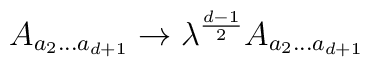
A_{a_{2}...a_{d+1}} \rightarrow \lambda ^{\frac {d-1}{2}}A_{a_{2}...a_{d+1}}